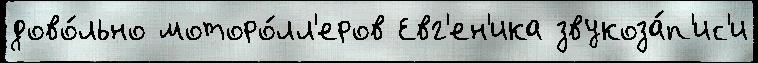
дово́льно моторо́лл'еров Евг'ен'ика звукоза́п'ис'и